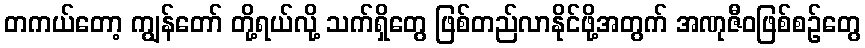
တကယ်တော့ ကျွန်တော် တို့ရယ်လို့ သက်ရှိတွေ ဖြစ်တည်လာနိုင်ဖို့အတွက် အဏုဇီဝဖြစ်စဉ်တွေ